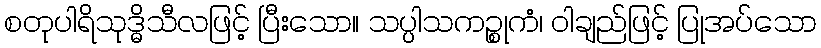
စတုပါရိသုဒ္ဓိသီလဖြင့် ပြီးသော။ သပ္ပါသကဉ္စုကံ၊ ဝါချည်ဖြင့် ပြုအပ်သော